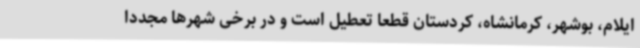
ایلام، بوشهر، کرمانشاه، کردستان قطعا تعطیل است و در برخی شهرها مجددا